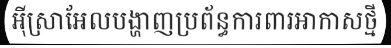
អ៊ីស្រាអែលបង្ហាញប្រព័ន្ធការពារអាកាសថ្មី